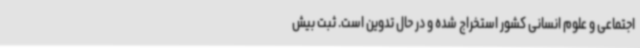
اجتماعی و علوم انسانی کشور استخراج شده و در حال تدوین است. ثبت بیش